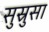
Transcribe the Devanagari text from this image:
सुस्रुसा